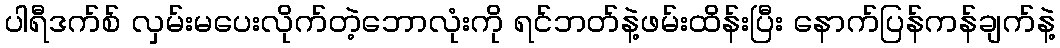
ပါရီဒက်စ် လှမ်းမပေးလိုက်တဲ့ဘောလုံးကို ရင်ဘတ်နဲ့ဖမ်းထိန်းပြီး နောက်ပြန်ကန်ချက်နဲ့